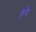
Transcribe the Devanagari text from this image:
हबै